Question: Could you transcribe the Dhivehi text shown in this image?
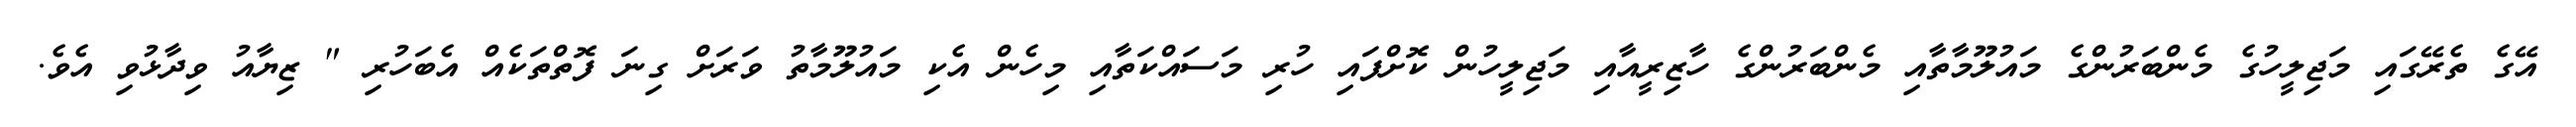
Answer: އޭގެ ތެރޭގައި މަޖިލީހުގެ މެންބަރުންގެ މައުލޫމާތާއި މެންބަރުންގެ ހާޒިރީއާއި މަޖިލީހުން ކޮށްފައި ހުރި މަސައްކަތާއި މިހެން އެކި މައުލޫމާތު ވަރަށް ގިނަ ފޮތްތަކެއް އެބަހުރި " ޒިޔާއު ވިދާޅުވި އެވެ.